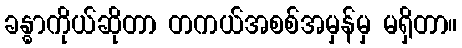
ခန္ဓာကိုယ်ဆိုတာ တကယ်အစစ်အမှန်မှ မရှိတာ။